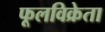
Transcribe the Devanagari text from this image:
फूलविक्रेता